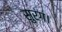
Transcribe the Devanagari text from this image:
सुरंग।